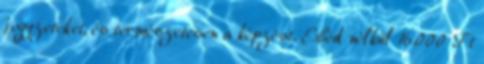
jegyzeteket, és természetesen a képzést. Ebéd nélkül 16.000 Ft